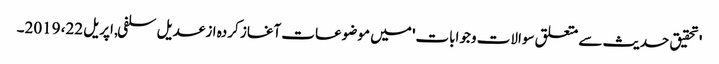
'تحقیق حدیث سے متعلق سوالات وجوابات' میں موضوعات آغاز کردہ از عدیل سلفی, ‏اپریل 22، 2019۔